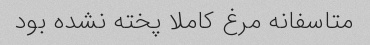
متاسفانه مرغ کاملا پخته نشده بود‌